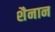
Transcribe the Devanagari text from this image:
शैनान